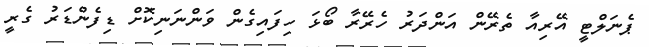
ޕެނަލްޓީ އޭރިއާ ތެރޭން އަންދަރު ހެރޭރާ ބޯޅަ ހިފައިގެން ވަންނަނިކޮށް ޑިފެންޑަރު ގެރީ